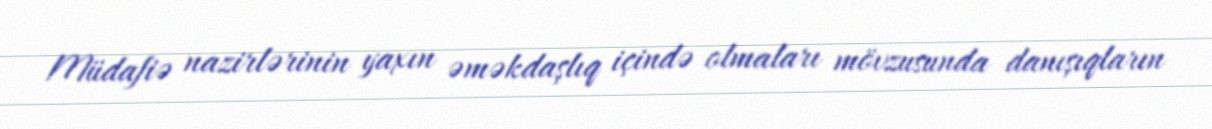
Müdafiə nazirlərinin yaxın əməkdaşlıq içində olmaları mövzusunda danışıqların